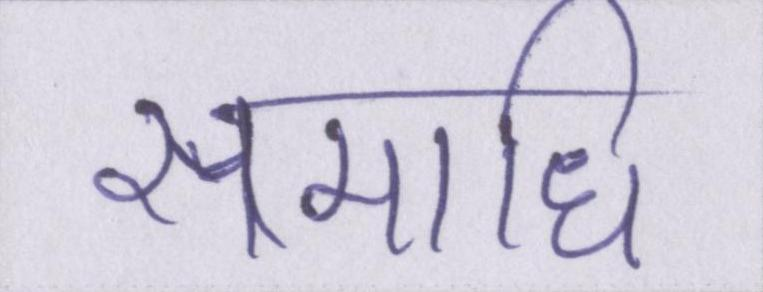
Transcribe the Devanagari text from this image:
समाधि